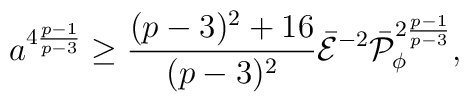
a^{4{{p-1}\over{p-3}}}\geq {{(p-3)^2+16}\over{(p-3)^2}}\bar{\cal E}^{-2}\bar{\cal P}^{2{{p-1}\over{p-3}}}_{\phi},